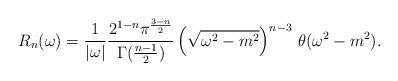
LaTeX: \begin{align*}R_n(\omega)=\frac{1}{|\omega|} \frac{2^{1-n}\pi^{\frac{3-n}{2}}}{\Gamma(\frac{n-1}{2})} \left(\sqrt{\omega^2-m^2} \right)^{n-3}\,\theta(\omega^2-m^2).\end{align*}